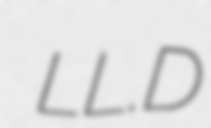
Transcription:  LL.D